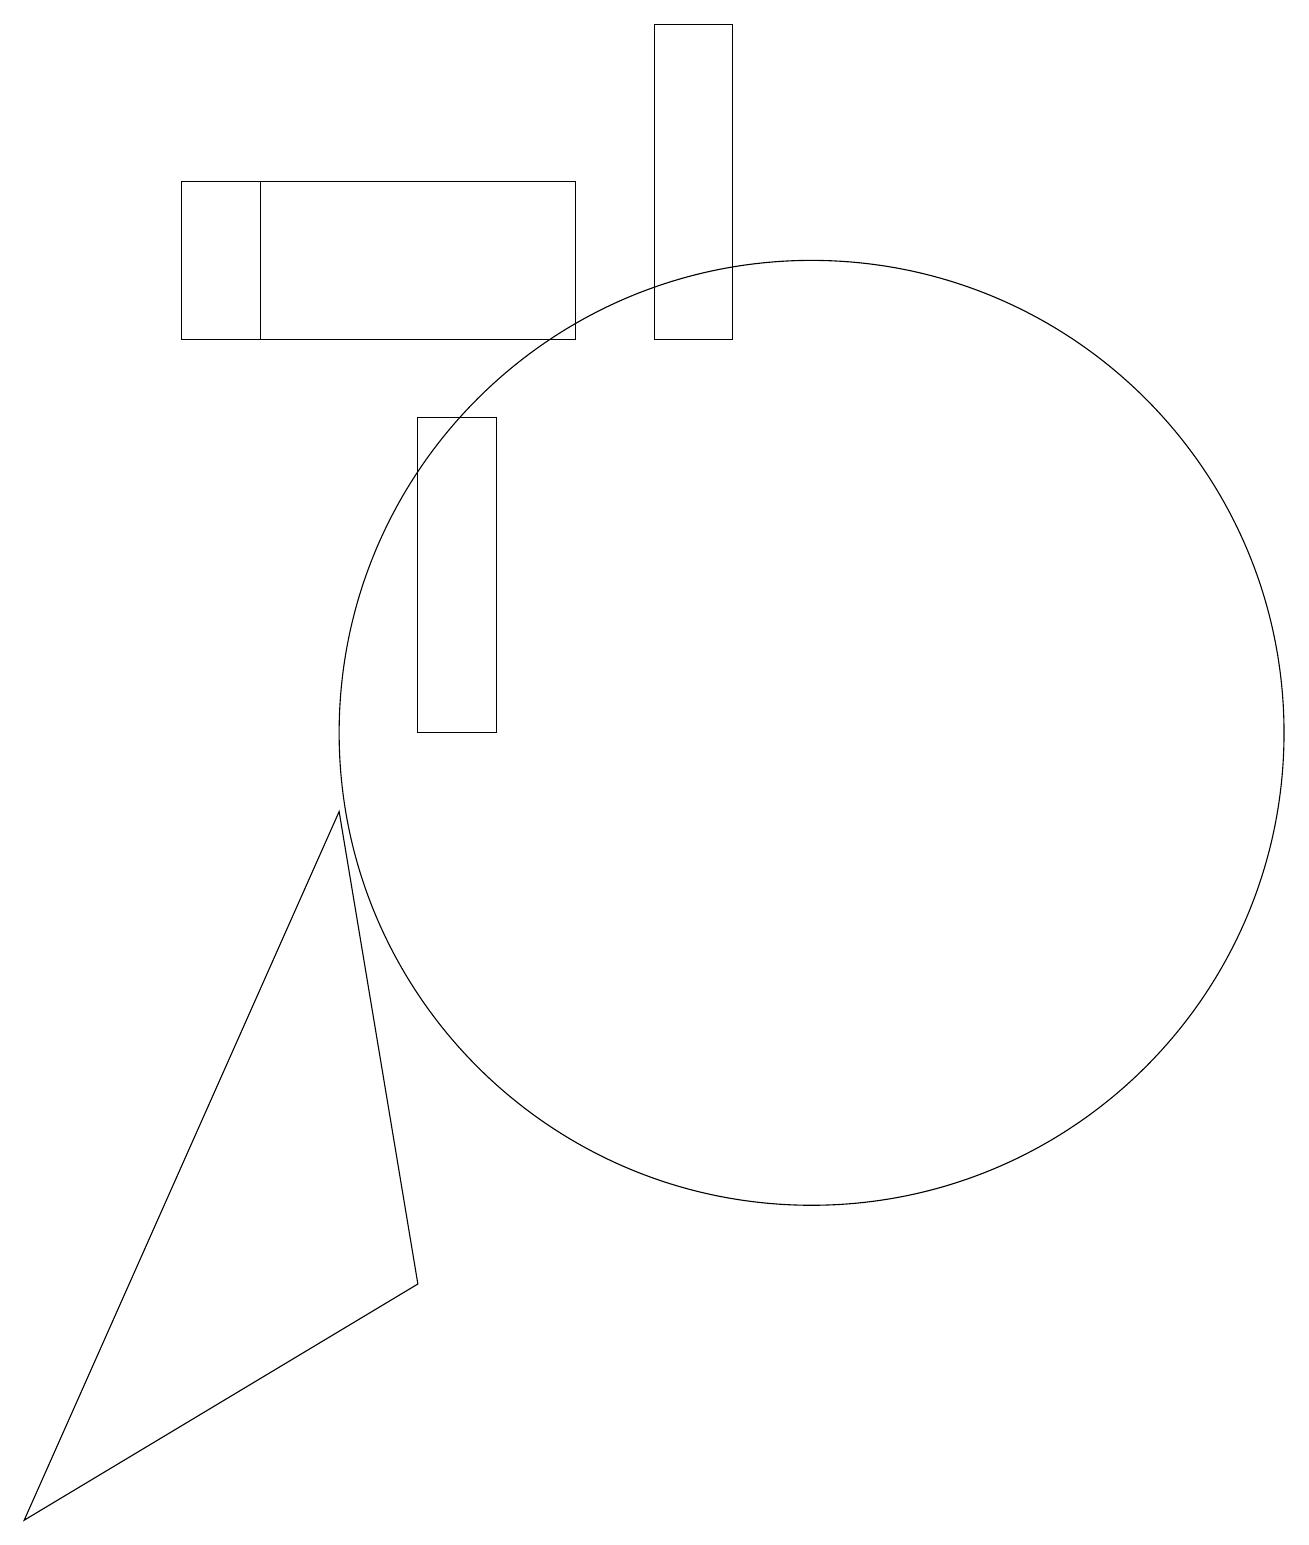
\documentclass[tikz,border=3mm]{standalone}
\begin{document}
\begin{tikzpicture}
\draw (10,10) circle (6);
\draw (10,12) circle (0);
\draw (7,15) rectangle (3,17);
\draw (5,14) rectangle (6,10);
\draw (2,15) rectangle (7,17);
\draw (8,19) rectangle (9,15);
\draw (5,3) -- (4,9) -- (0,0) -- cycle;
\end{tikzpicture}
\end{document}